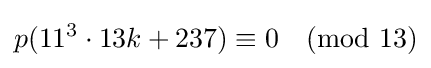
p(11^{3}\cdot 13k+237)\equiv 0{\pmod {13}}